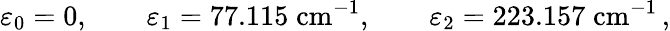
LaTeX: \varepsilon_{0}=0,\qquad\varepsilon_{1}=77.115\; \mathrm{cm}^{-1},\qquad\varepsilon_{2}=223.157\; \mathrm{cm}^{-1}\, ,